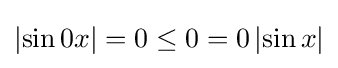
\left|\sin 0x\right|=0\leq 0=0\left|\sin x\right|